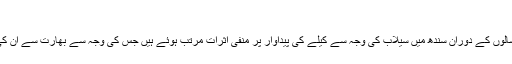
‘‘
پاکستان میں گزشتہ دو سالوں کے دوران سندھ میں سیلاب کی وجہ سے کیلے کی پیداوار پر منفی اثرات مرتب ہوئے ہیں جس کی وجہ سے بھارت سے ان کی درآمد کی جا رہی ہے۔